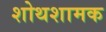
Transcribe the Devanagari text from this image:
शोथशामक